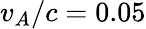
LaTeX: v_{A}/c=0.05